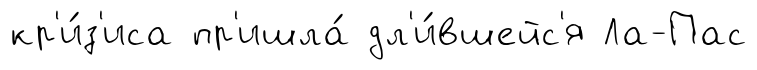
кр'и́з'иса пр'ишла́ дл'и́вшейс'я Ла-Пас